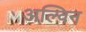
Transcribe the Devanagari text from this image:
अल्विन